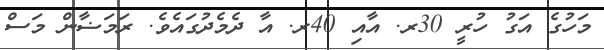
މަހުގެ އަގު ހުރީ 30ރ. އާއި 40ރ. އާ ދެމެދުގައެވެ. ރަމަޟާން މަސް